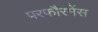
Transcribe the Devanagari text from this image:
परफौरमेंस